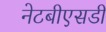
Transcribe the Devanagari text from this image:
नेटबीएसडी